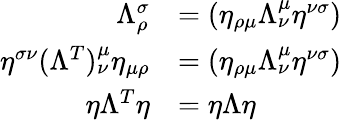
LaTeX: \begin{array}{rl}{\Lambda_{\rho}^{\sigma}}&{=(\eta_{\rho\mu}\Lambda^{\mu}_{\nu}\eta^{\nu\sigma})}\\ {\eta^{\sigma\nu}(\Lambda^{T})_{\nu}^{\mu}\eta_{\mu\rho}}&{=(\eta_{\rho\mu}\Lambda^{\mu}_{\nu}\eta^{\nu\sigma})}\\ {\eta\Lambda^{T}\eta}&{=\eta\Lambda\eta}\end{array}